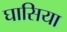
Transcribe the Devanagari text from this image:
घासिया